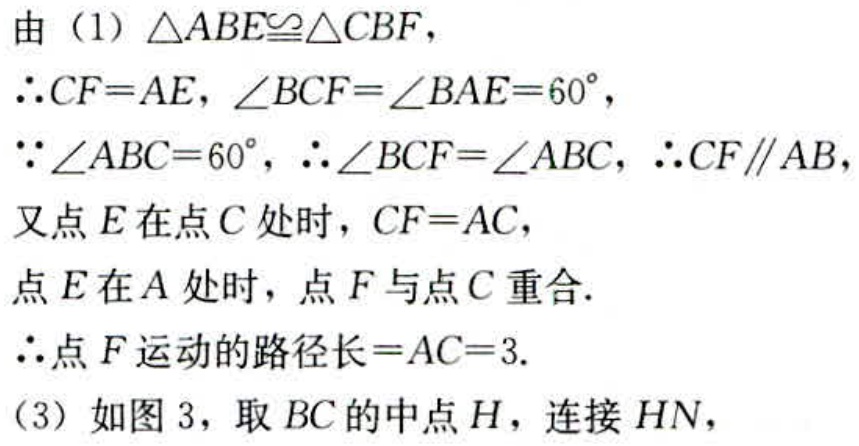
由（1）\(\triangle ABE\cong\triangle CBF\)，
\(\therefore CF = AE\)，\(\angle BCF=\angle BAE = 60^{\circ}\)，
\(\because\angle ABC = 60^{\circ}\)，\(\therefore\angle BCF=\angle ABC\)，\(\therefore CF\parallel AB\)，
又点\(E\)在点\(C\)处时，\(CF = AC\)，
点\(E\)在\(A\)处时，点\(F\)与点\(C\)重合.
\(\therefore\)点\(F\)运动的路径长\(=AC = 3\).
（3）如图3，取\(BC\)的中点\(H\)，连接\(HN\)，